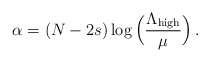
\begin{align*}\alpha = (N-2s) \log\Big(\frac{\Lambda_{\mathrm{high}}}{\mu}\Big)\,.\end{align*}